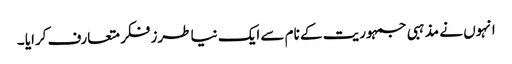
انہوں نے مذہبی جمہوریت کے نام سے ایک نیا طرز فکر متعارف کرایا ۔